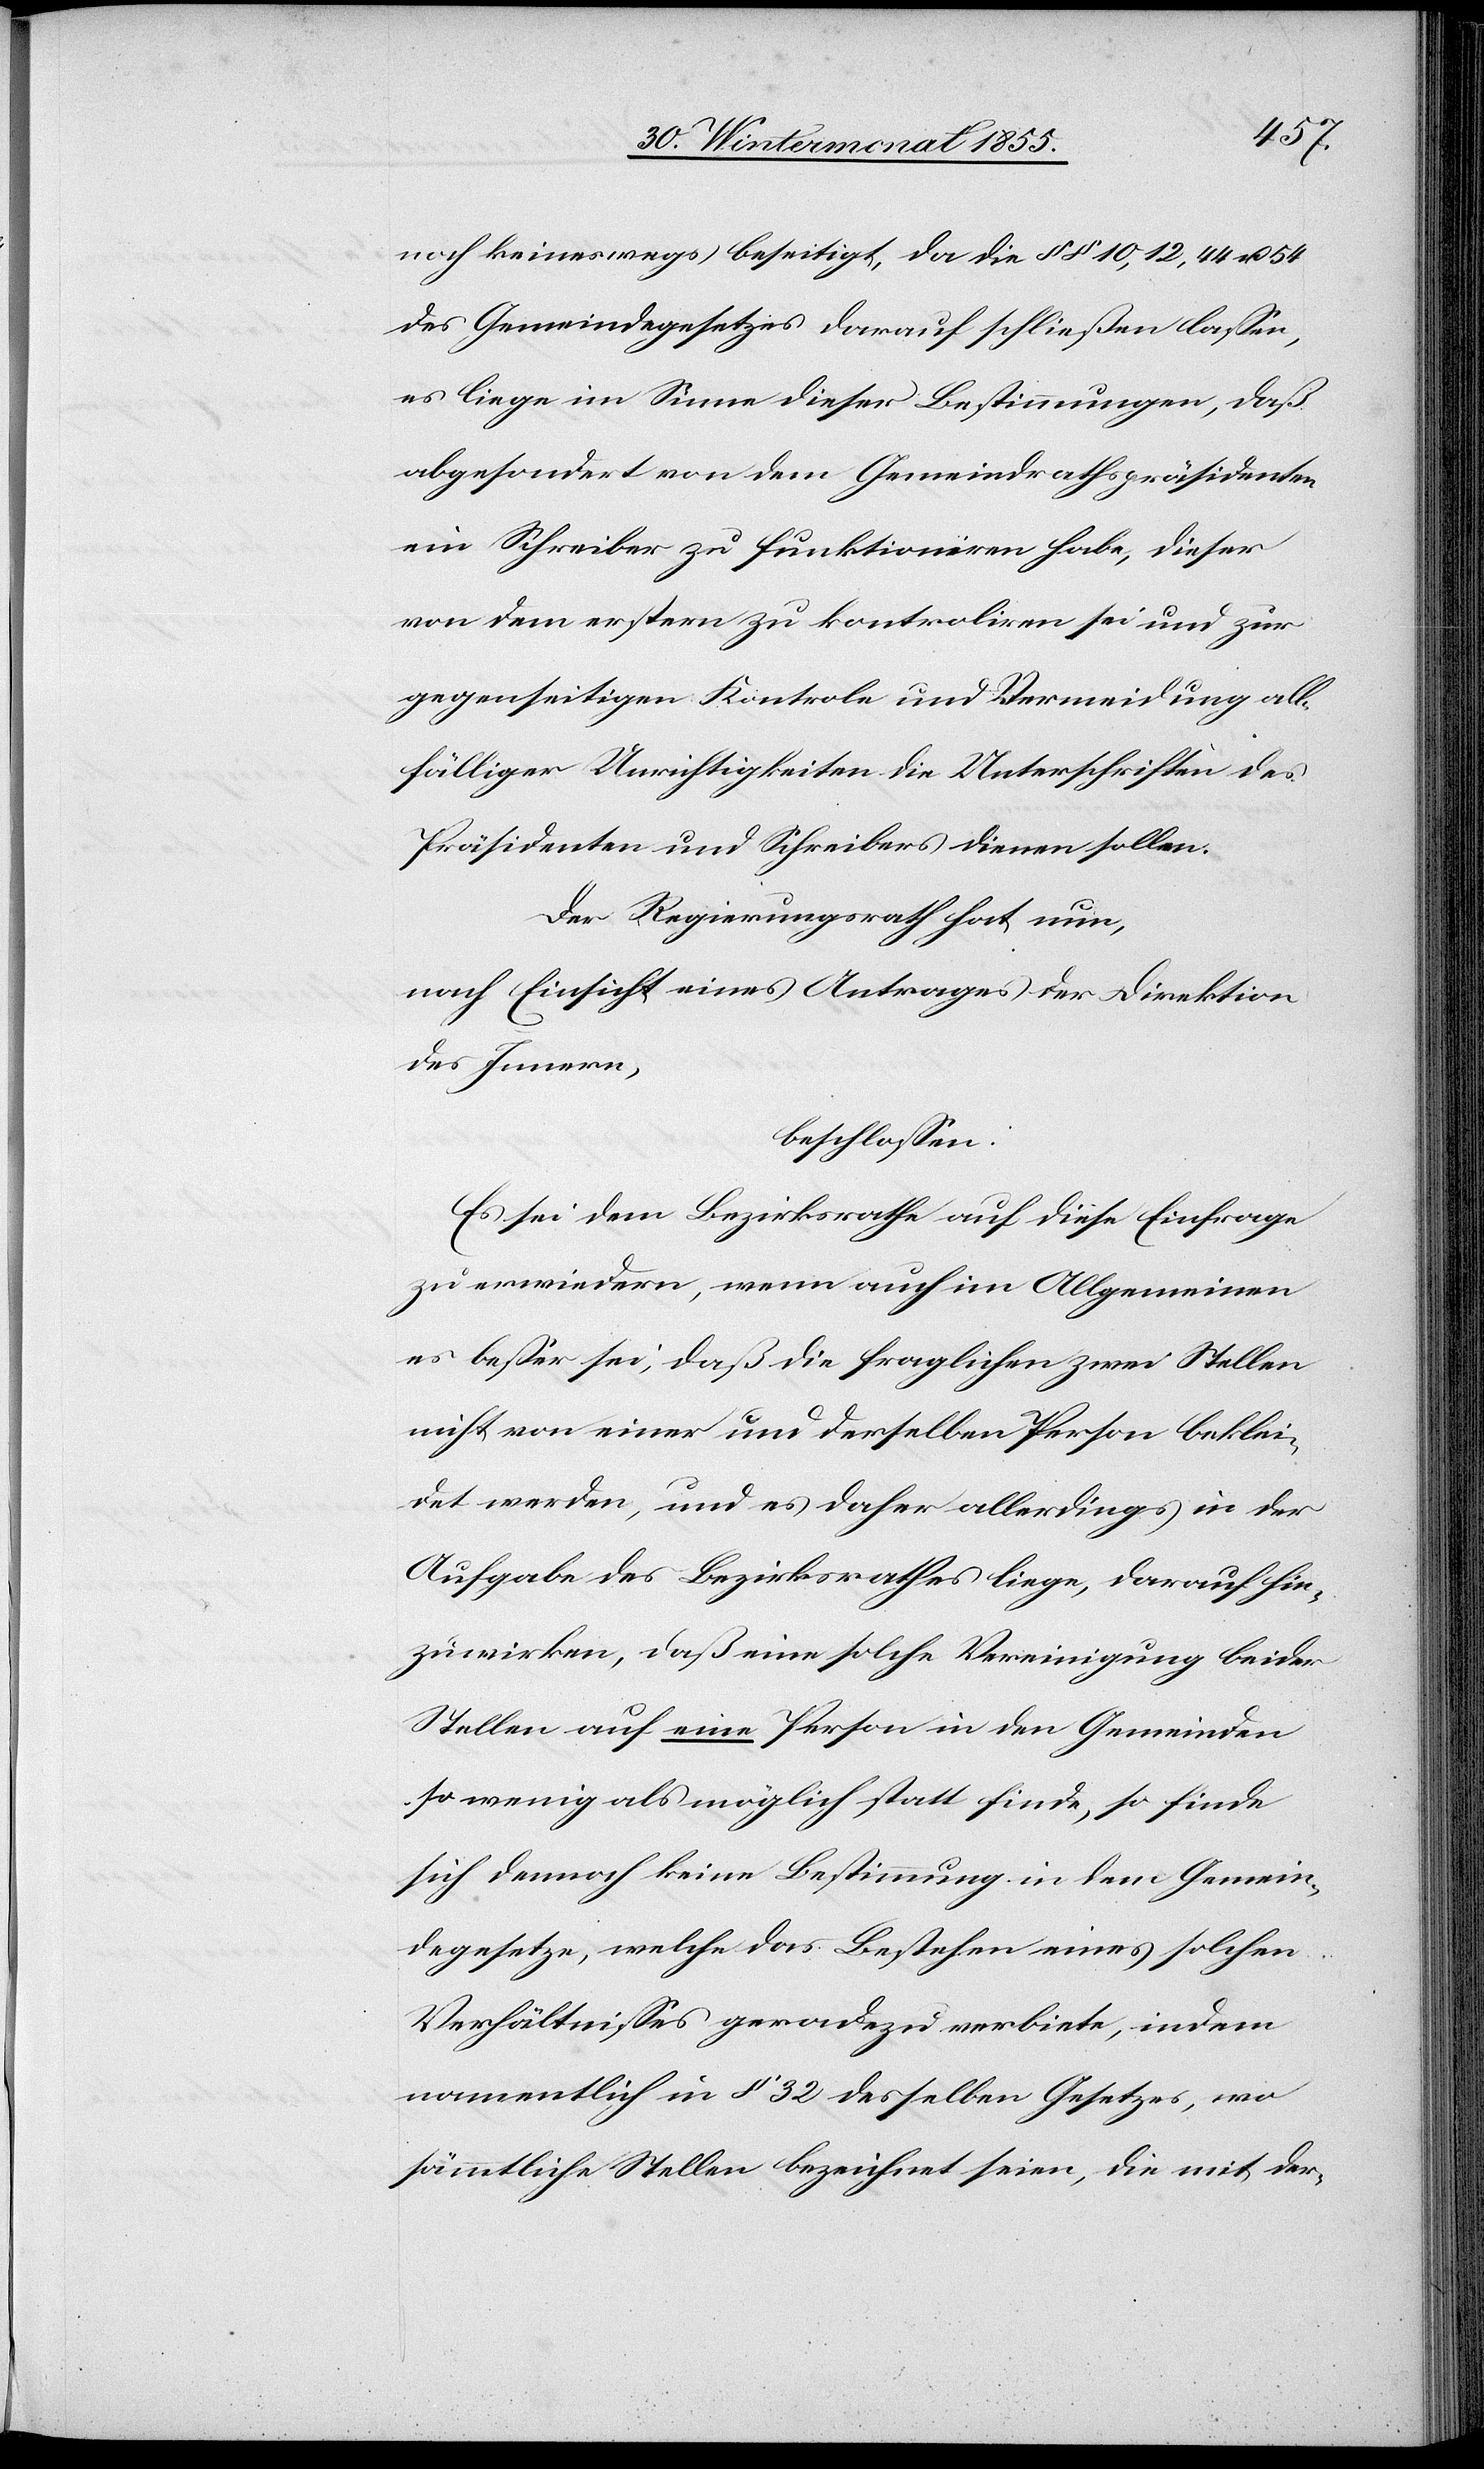
noch keineswegs beseitigt, da die §§ 10, 12, 44 u. 54
des Gemeindegesetzes darauf schließen lassen,
es liege im Sinne dieser Bestimmungen, daß
abgesondert von dem Gemeindrathspräsidenten
ein Schreiber zu funktioniren habe, dieser
von dem erstern zu kontroliren sei und zur
gegenseitigen Kontrole und Vermeidung all¬
fälliger Unrichtigkeiten die Unterschriften des
Präsidenten und Schreibers dienen sollen.
Der Regierungsrath hat nun,
nach Einsicht eines Antrages der Direktion
des Innern,
beschlossen:
Es sei dem Bezirksrathe auf diese Einfrage
zu erwiedern, wenn auch im Allgemeinen
es besser sei, daß die fraglichen zwei Stellen
nicht von einer und derselben Person beklei¬
det werden, und es daher allerdings in der
Aufgabe des Bezirksrathes liege, darauf hin¬
zuwirken, daß eine solche Vereinigung beider
Stellen auf eine Person in den Gemeinden
so wenig als möglich statt finde, so finde
sich dennoch keine Bestimmung in dem Gemein¬
degesetze, welche das Bestehen eines solchen
Verhältnisses geradezu verbiete, indem
namentlich in § 32 desselben Gesetzes, wo
sämmtliche Stellen bezeichnet seien, die mit der-